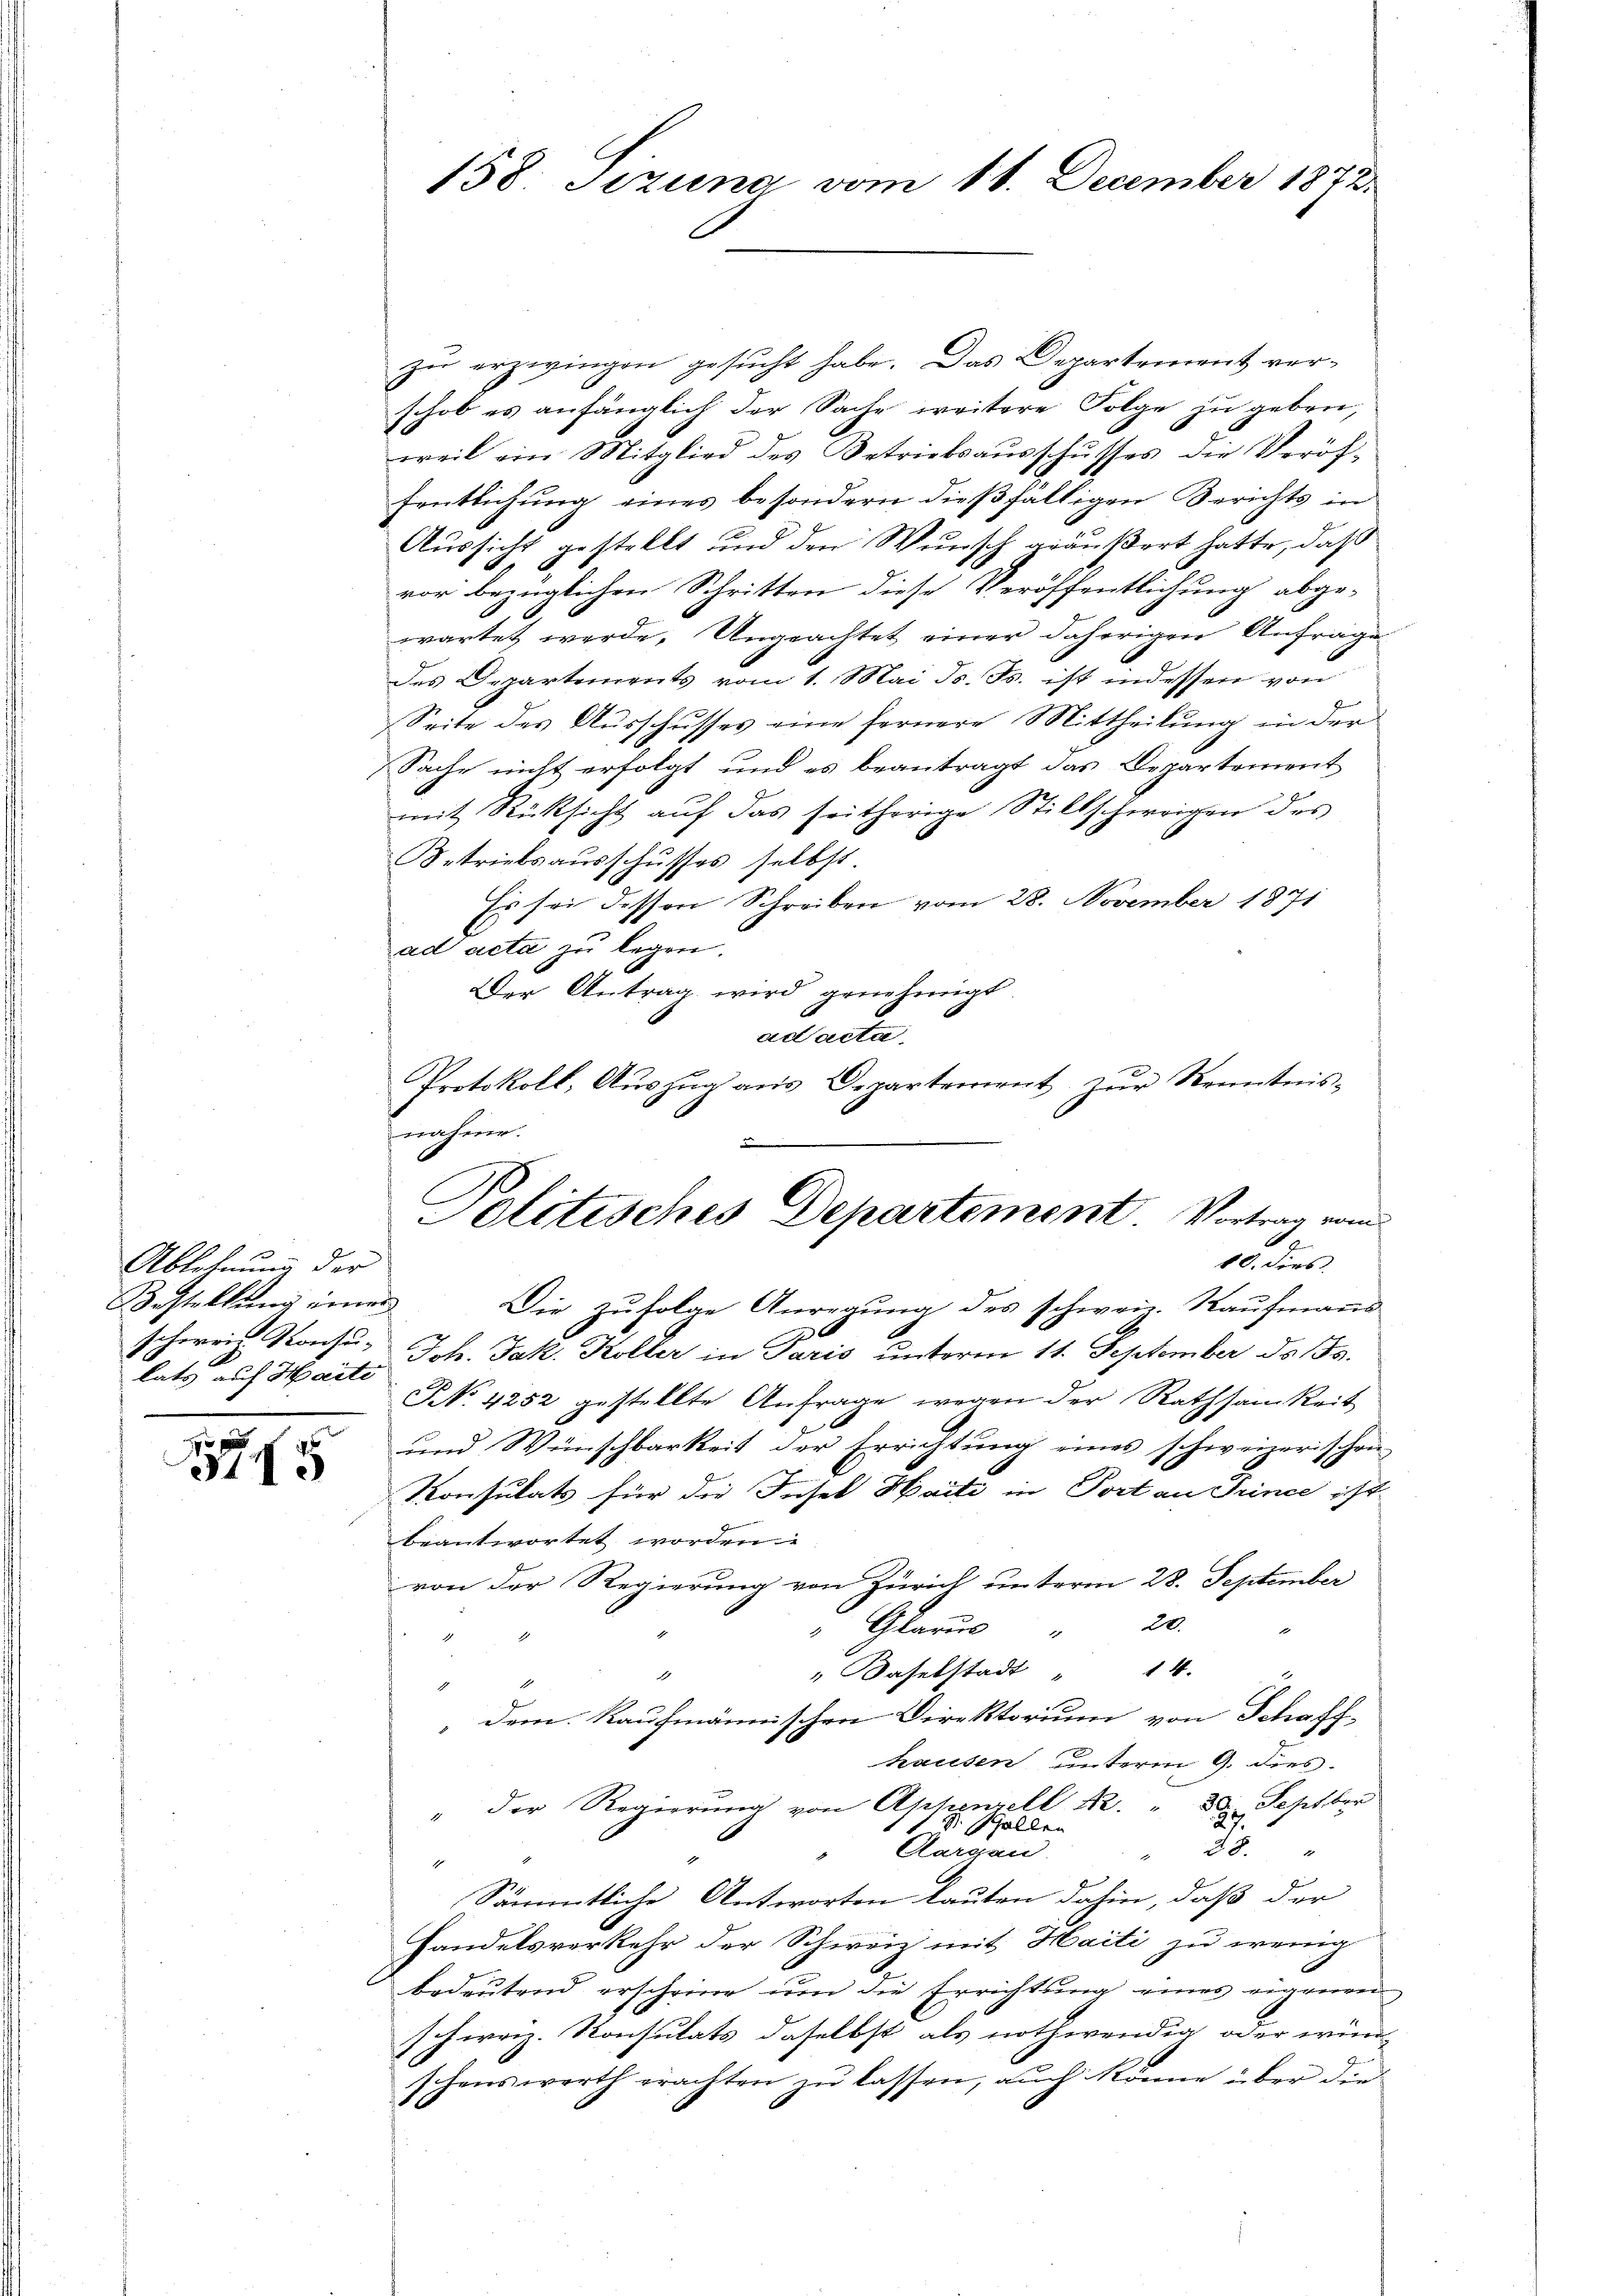
Ablehnung der
Bestellung einer
latz auf Harte

5

zu erzwingen gesucht habe. Das Departement verschob es anfänglich der Sache weitere Folge zu geben,
weil ein Mitglied des Betriebsausschusses die Veröffentlichung eines besondern dießfälligen Berichts in
Aussicht gestellt und den Wunsch geäußert hatte, daß
vor bezüglichen Schritten diese Veröffentlichung abge-
wartet werde, Ungeachtet einer daherigen Anfrage
des Departements vom 1. Mai d. Js. ist indessen von
Seite des Ausschusses eine fernere Mittheilung in der
Sache nicht erfolgt und es beantragt das Departement
mit Rücksicht auf das seitherige Stillschweigen des
Betriebsausschusses selbst.
Es sei dessen Schreiben vom 28. November 1871
ad acta zu legen.
Der Antrag wird genehmigt.
ad acta
Protokoll, Aŭszŭg ans Departement zŭr Kenntnis-
fachen.
.

158. Jezung vom 11. December 1872.

Politisches Departement Vortrag vom
d
10. dies

Die zufolge Anregung des schwan. Kaufmanns
schweiz. Konsu- Joh. Jak. Koller in Paris unterm 11. September ds 155.
NNo. 4252 gestellte Anfrage wegen der Rathsamkeit
und Wünschbarkeit der Errichtŭng eines schweizerischen
Konsulats für die Füsel Maiti in Port an Prince ist
beantwortet worden
von der Regierung von Zürich unterm 28. September
" Glarus " 20.
14.
" Daselstadt
1
dem Kaufmännischen Direktorium von Schaff-
h
hausen unterm 9. dies
Dr. Last ber
" der Regierung von Appenzell R. "
St. Gallen
.
28.
Aargau
.
4
Sämmtliche Antworten lauten dahin, daß der
Handelsverkehr der Schweiz mit Haiti zu wenig
bedeutend erscheine um die Errichtung eines eigenen
schweiz. Konsulats daselbst als nothwendig oder wün-
schenswerth erachten zu lassen, auch könne über die